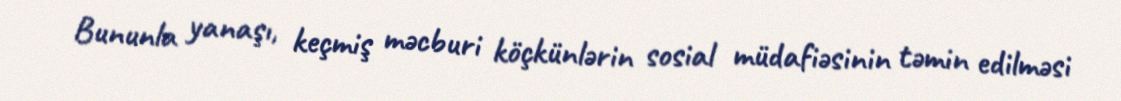
Bununla yanaşı, keçmiş məcburi köçkünlərin sosial müdafiəsinin təmin edilməsi